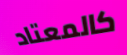
كالمعتاد